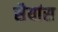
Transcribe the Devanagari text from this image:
सैयांस